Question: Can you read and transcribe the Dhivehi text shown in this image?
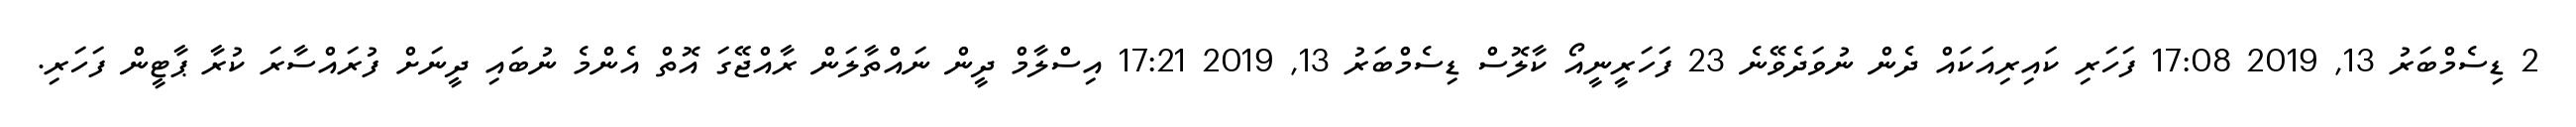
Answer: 2 ޑިސެމްބަރު 13, 2019 17:08 ފަހަރި ކައިރިއަކައް ދެން ނުވަދެވޭނެ 23 ފަހަރީނީއޯ ކާލޮސް ޑިސެމްބަރު 13, 2019 17:21 އިސްލާމް ދީން ނައްތާލަން ރާއްޖޭގަ އޮތް އެންމެ ނުބައި ދީނަށް ފުރައްސާރަ ކުރާ ޕާޓީން ފަހަރި.